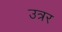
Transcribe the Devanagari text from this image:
उत्रर